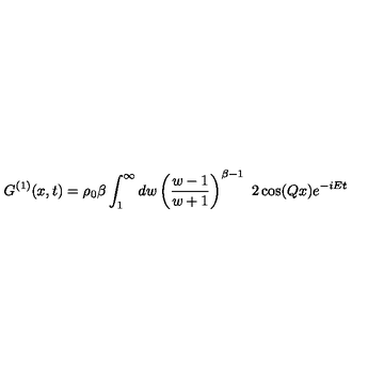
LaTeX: G ^ { ( 1 ) } ( x , t ) = \rho _ { 0 } \beta \int _ { 1 } ^ { \infty } d w \left( { \frac { w - 1 } { w + 1 } } \right) ^ { \beta - 1 } \ 2 \cos ( Q x ) e ^ { - i E t }